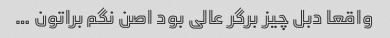
واقعا دبل چیز برگر عالی بود اصن نگم براتون …